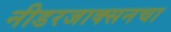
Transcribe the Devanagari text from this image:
नीडरजाक्सनचा